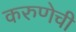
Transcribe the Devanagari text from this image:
करुणेची